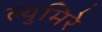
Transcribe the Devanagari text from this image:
ल्युमिरे